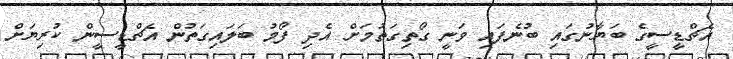
އެޗްޑީސީގެ ބަޔާނުގައި ބުނެފައި ވަނީ ގޯތިގަތުމަށް އެދި ފޯމު ބަލައިގަތުން އެޗްޑީސީން ކުރިޔަށް